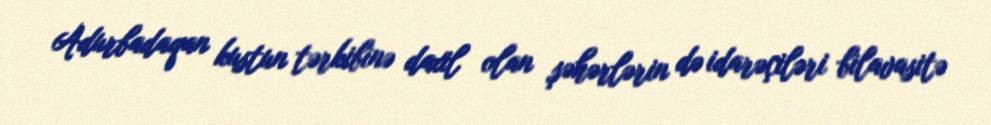
Adurbadaqan kustun tərkibinə daxil olan şəhərlərin də idarəçiləri bilavasitə